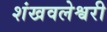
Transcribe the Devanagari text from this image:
शंखवलेश्वरी